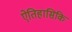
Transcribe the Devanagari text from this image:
ऐतिहासिकि